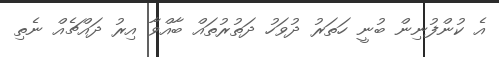
އެ ކުންފުނިން ބުނީ ހަތަރު ދުވަހު ދަތުރުތައް ބާއްވާ އިރު ދައްޗެއް ނެތި